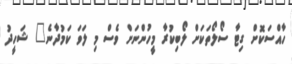
ހާއްސަކޮށް ގިޓާ ސޯލޯތަކަށް ލޯބިކުރާ މީހުންނަށް ވެސް މި ލަވަ ކަމުދާނެ" ޝަހީދު